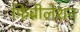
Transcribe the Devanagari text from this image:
फिब्रीलेशन